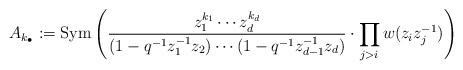
LaTeX: \begin{align*}A_{k_{\bullet}}:=\mathrm{Sym}\left(\frac{z_1^{k_1} \cdots z_d^{k_d}}{(1-q^{-1}z_1^{-1}z_2)\cdots (1-q^{-1}z_{d-1}^{-1}z_d)} \cdot \prod_{j>i}w(z_i z_j^{-1}) \right)\end{align*}